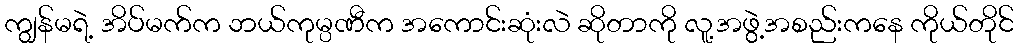
ကျွန်မရဲ့ အိပ်မက်က ဘယ်ကုမ္ပဏီက အကောင်းဆုံးလဲ ဆိုတာကို လူ့အဖွဲ့အစည်းကနေ ကိုယ်တိုင်